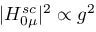
\vert H _ { 0 \mu } ^ { s c } \vert ^ { 2 } \propto g ^ { 2 }